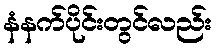
နံနက်ပိုင်းတွင်လည်း